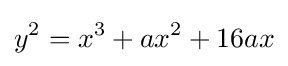
y^{2}=x^{3}+ax^{2}+16ax